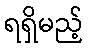
ရရှိမည့်